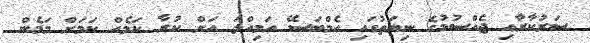
ސަރުކާރާއި ޖެއްސުމުގެ ނިޔަތުގައި އެމްބަސޭ އަމިއްލަ އަށް ކުރާ ކަމެއް ކަމަށް މަމެން